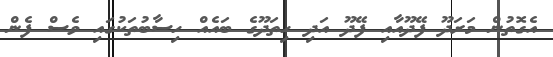
އެގޮތުން މަރަދޫ ފޭދޫއާއި ފޭދޫ އަދި ހިތަދޫގެ ބައެއް ހިސާބުތަކުގައި ވެސް ފެން